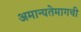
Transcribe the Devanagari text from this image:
अमान्यतेमागची